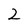
Character: 2